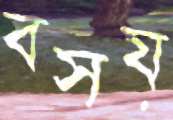
বসয়